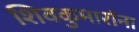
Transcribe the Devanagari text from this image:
शिवकुमारांना